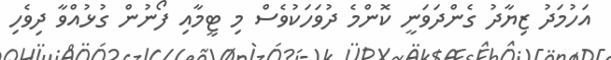
އަހުމަދު ޒިޔާދު ގެންދަވަނީ ކޮންމެ ދުވަހަކުވެސް މި ޓީމާއި ފޯނުން ގުޅުއްވާ ދިވެހި